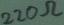
Text: 220Ω